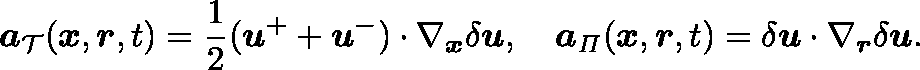
\boldsymbol { a } _ { \mathcal { T } } ( \boldsymbol { x } , \boldsymbol { r } , t ) = \frac { 1 } { 2 } ( \boldsymbol { u } ^ { + } + \boldsymbol { u } ^ { - } ) \cdot \nabla _ { \boldsymbol { x } } \delta \boldsymbol { u } , \quad \boldsymbol { a } _ { \mathit { \Pi } } ( \boldsymbol { x } , \boldsymbol { r } , t ) = \delta \boldsymbol { u } \cdot \nabla _ { \boldsymbol { r } } \delta \boldsymbol { u } .